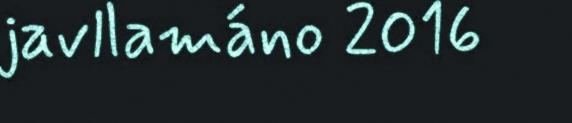
javllamáno 2016